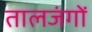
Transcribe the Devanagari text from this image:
तालजंगों